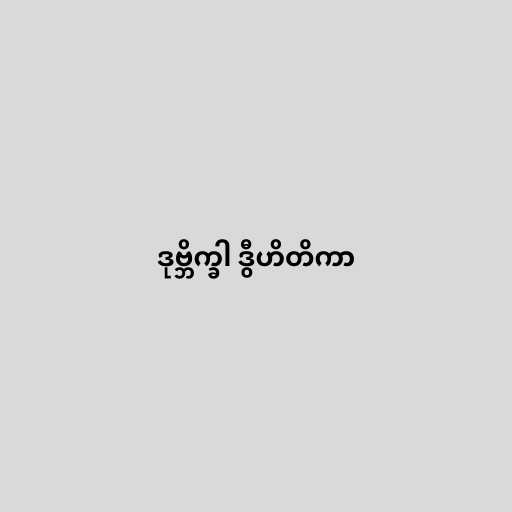
ဒုဗ္ဘိက္ခါ ဒွီဟိတိကာ